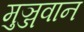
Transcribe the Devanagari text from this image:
मुञ्जवान